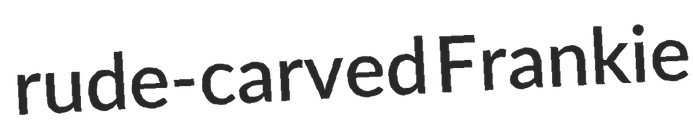
rude-carved Frankie